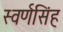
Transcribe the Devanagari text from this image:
स्वर्णसिंह